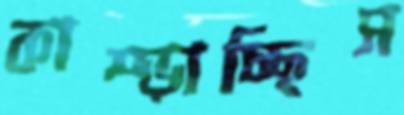
কাম্‌ড়াচ্ছিস